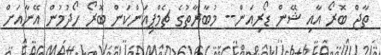
ތާޖް ބޮރޯ އާއި ޝޭން ޑޯރިއަން-- މުބާރާތުގެ ޗެމްޕިއަންކަން ބޮރޯ ހޯދުމުން އޭނާއަށް